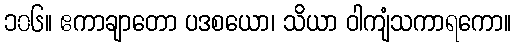
၁၀၆။ ဧကာချာတော ပဒစယော၊ သိယာ ဝါကျံသကာရကော။